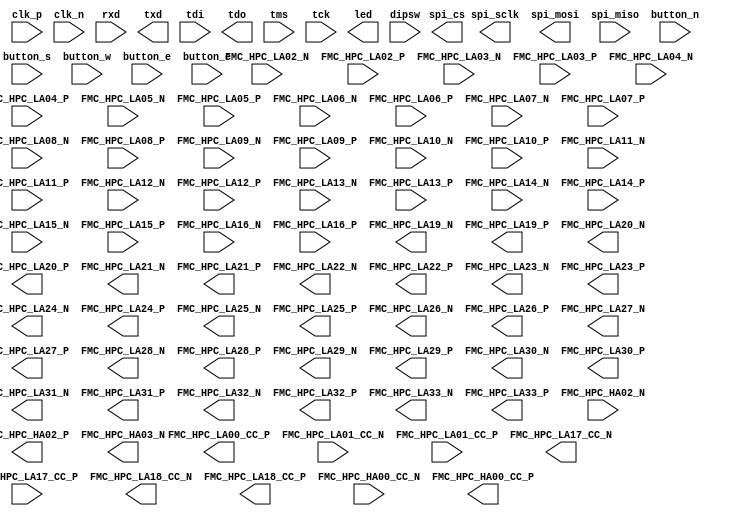
module kc705_wrapper(
    // FMC conector
    // clk and rst inputs
    // output    FMC_HPC_LA00_CC_N,//reset
    output      FMC_HPC_LA00_CC_P,//clk
    // 32 input data
    input       FMC_HPC_LA01_CC_N,
    input       FMC_HPC_LA01_CC_P,
    input       FMC_HPC_LA02_N,
    input       FMC_HPC_LA02_P,
    input       FMC_HPC_LA03_N,
    input       FMC_HPC_LA03_P,
    input       FMC_HPC_LA04_N,
    input       FMC_HPC_LA04_P,
    input       FMC_HPC_LA05_N,
    input       FMC_HPC_LA05_P,
    input       FMC_HPC_LA06_N,
    input       FMC_HPC_LA06_P,
    input       FMC_HPC_LA07_N,
    input       FMC_HPC_LA07_P,
    input       FMC_HPC_LA08_N,
    input       FMC_HPC_LA08_P,
    input       FMC_HPC_LA09_N,
    input       FMC_HPC_LA09_P,
    input       FMC_HPC_LA10_N,
    input       FMC_HPC_LA10_P,
    input       FMC_HPC_LA11_N,
    input       FMC_HPC_LA11_P,
    input       FMC_HPC_LA12_N,
    input       FMC_HPC_LA12_P,
    input       FMC_HPC_LA13_N,
    input       FMC_HPC_LA13_P,
    input       FMC_HPC_LA14_N,
    input       FMC_HPC_LA14_P,
    input       FMC_HPC_LA15_N,
    input       FMC_HPC_LA15_P,
    input       FMC_HPC_LA16_N,
    input       FMC_HPC_LA16_P,
    // ready input output
    output      FMC_HPC_LA17_CC_N,
    // valid outut input
    input       FMC_HPC_LA17_CC_P,
    // 32 bit output data
    output      FMC_HPC_LA18_CC_N,
    output      FMC_HPC_LA18_CC_P,
    output      FMC_HPC_LA19_N,
    output      FMC_HPC_LA19_P,
    output      FMC_HPC_LA20_N,
    output      FMC_HPC_LA20_P,
    output      FMC_HPC_LA21_N,
    output      FMC_HPC_LA21_P,
    output      FMC_HPC_LA22_N,
    output      FMC_HPC_LA22_P,
    output      FMC_HPC_LA23_N,
    output      FMC_HPC_LA23_P,
    output      FMC_HPC_LA24_N,
    output      FMC_HPC_LA24_P,
    output      FMC_HPC_LA25_N,
    output      FMC_HPC_LA25_P,
    output      FMC_HPC_LA26_N,
    output      FMC_HPC_LA26_P,
    output      FMC_HPC_LA27_N,
    output      FMC_HPC_LA27_P,
    output      FMC_HPC_LA28_N,
    output      FMC_HPC_LA28_P,
    output      FMC_HPC_LA29_N,
    output      FMC_HPC_LA29_P,
    output      FMC_HPC_LA30_N,
    output      FMC_HPC_LA30_P,
    output      FMC_HPC_LA31_N,
    output      FMC_HPC_LA31_P,
    output      FMC_HPC_LA32_N,
    output      FMC_HPC_LA32_P,
    output      FMC_HPC_LA33_N,
    output      FMC_HPC_LA33_P,
    //ready output input 
    input       FMC_HPC_HA00_CC_N,
    // valid output intput
    output      FMC_HPC_HA00_CC_P,
    // SPI and uart irq inputs
    // input     FMC_HPC_HA01_CC_N,
    // input     FMC_HPC_HA01_CC_P,
    //asincronous rstn input
    input       FMC_HPC_HA02_N,
    ///clk status leds
    output      FMC_HPC_HA02_P,
    output      FMC_HPC_HA03_N,
    //diferential clk_input 
    input       clk_p,
    input       clk_n,
   //UART
   input         rxd,
   output        txd,
   //JTAG
   input         tdi,
   output        tdo,
   input         tms,
   input         tck,
   //SPI for SD-card
   output         spi_cs,
   output         spi_sclk,
   output         spi_mosi,
   input          spi_miso,
   //leds
    output [7: 0] led,
   //buttons
   input           button_n,
   input           button_s,
   input           button_w,
   input           button_e,
   input           button_c,
   //Dip sw   
   input [3: 0]    dipsw


);


endmodule